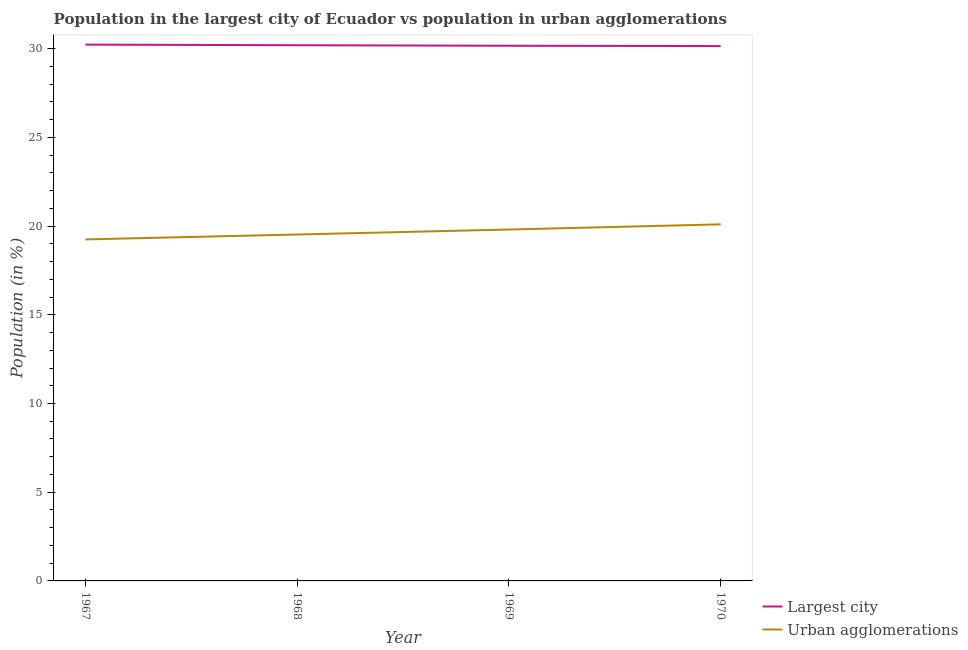
| Year | Largest city | Urban agglomerations |
 | --- | --- | --- |
 | 1967 | 30.2 | 19.2 |
 | 1968 | 30.2 | 19.5 |
 | 1969 | 30.2 | 19.8 |
 | 1970 | 30.1 | 20.1 |